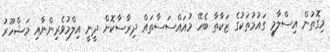
މިގޮތުން އިސްލާމީ ގައުމުތަކުގެ ޒަކާތާ ބެހޭ މުއައްސަސާތައް ދިރާސާކޮށް ދީނީ އިލްމުވެރިންނާއި މަޝްހޫރު